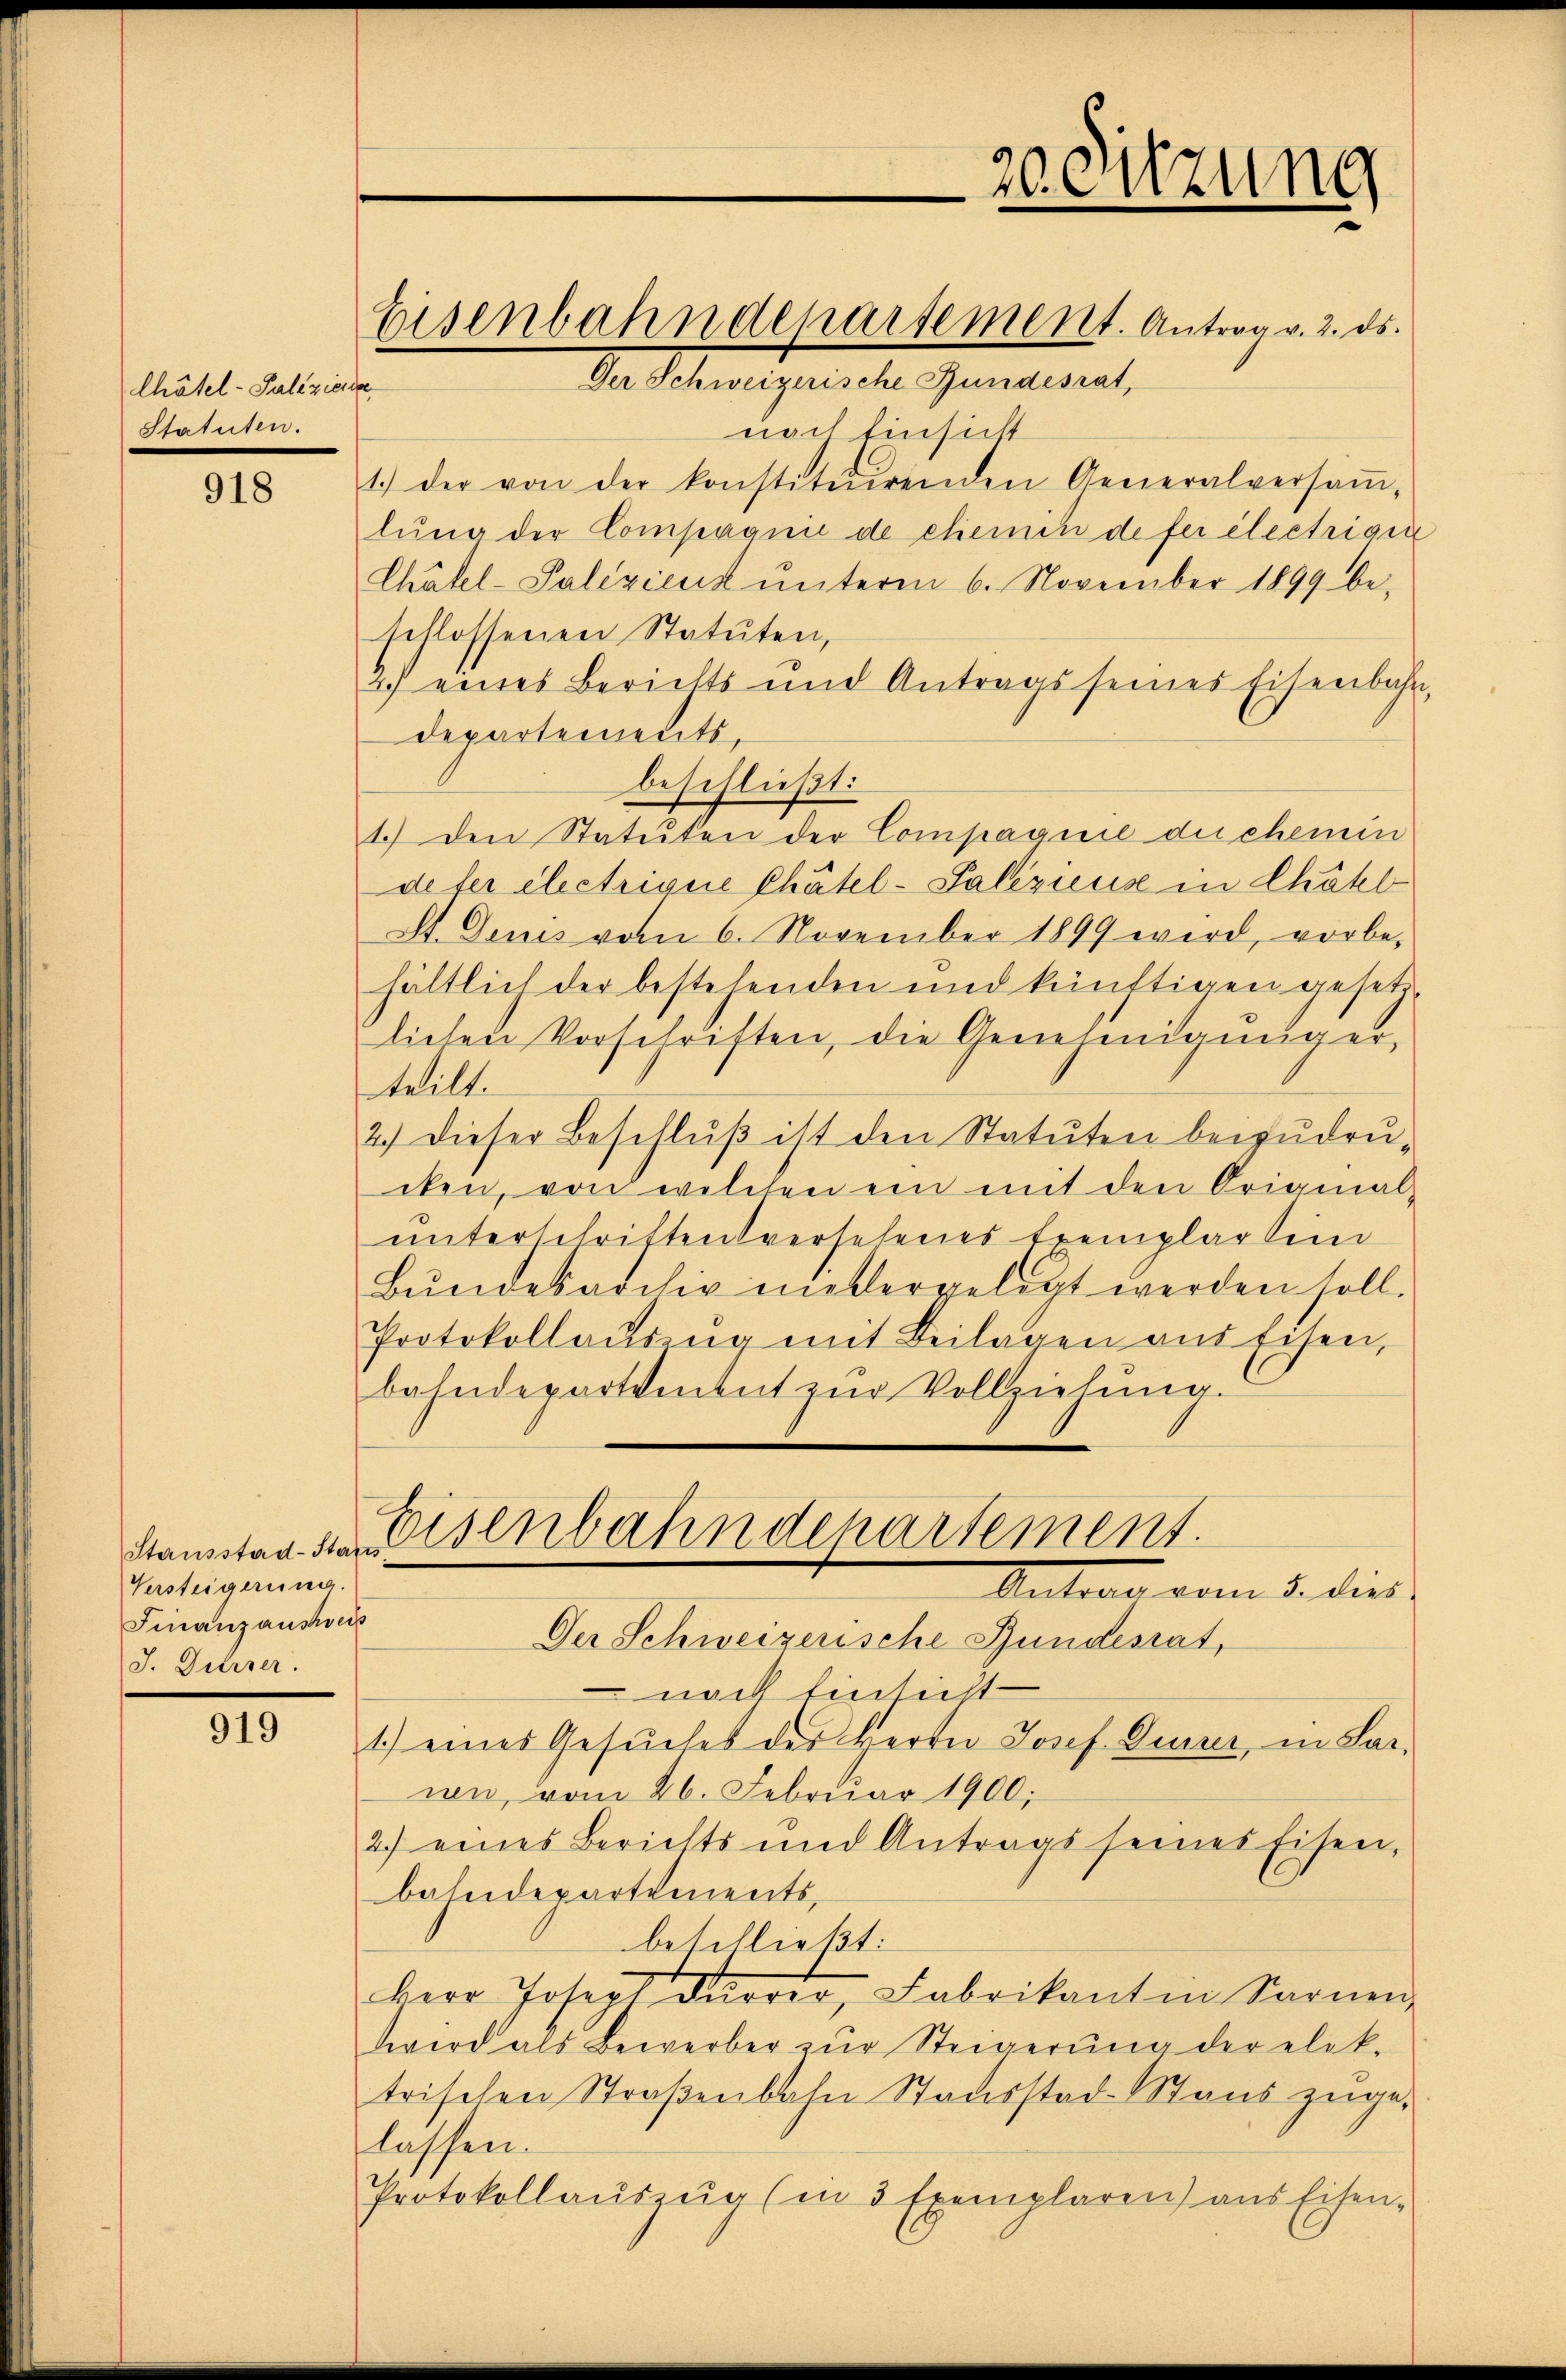
Chätel- Palizien
Statuten.

918

Stausstad-Status
Versteigerung.
Finanzausweis
J. Dürrer.

919

s

nach Einsicht
1.) der von der konstituirenden Generalversaṁ-
lŭng der Compagnie de chemin de fer electrige
Chätel-Palezicuk ŭnterm 6. November 1899 be-
schlossenen Statuten,
2.) eines Berichts und Antrags seines Eisenbahn,
departements,
beschließt:
1.) Den Statuten der Compagnie du chemin
defer electrigue Chätel- Paliziens in Chätel
St. Denis vom 6. November 1899 wird, vorbehältlich der bestehenden und künftigen gesetzlichen Vorschriften, die Genehmigunger,
teilt.
2.) Dieser Beschlŭβ ist den Statuten beizudrucken, von welchen ein mit den Original-
unterschriften versehenes Exemplartin
Bŭndesarchiv niedergelegt werden soll.
Protokollaŭs na mit Beilagen aus Eisen,
bahndepartientat zŭr Vollziehung.
Eisenbahndepartement.
Antrag vom 5. dies
Der Schweizerische Bundesrat,
 nach Einsicht
1.) eines Gesŭches des Herrn Josef Diser, in Sar-
wi, vom 26. Februar 1900;
2.) eines Berichts und Antrags seines Eisen,
bahndepartements,
betelließt:
kerr Joseph Dürrer, Fabrikantin Sarnen,
wird als Bewerber zŭr Steigerŭng der elek.
trischen Straßenbahn Stausstad-Staus zugelassen.
Protokollaŭszŭg (in 3 Exemplaren) aus Eisen-

Eisenbahndepartement. Antrag v. 2. ds.
Der Schweizerische Bundesrat,

20. Sitzung